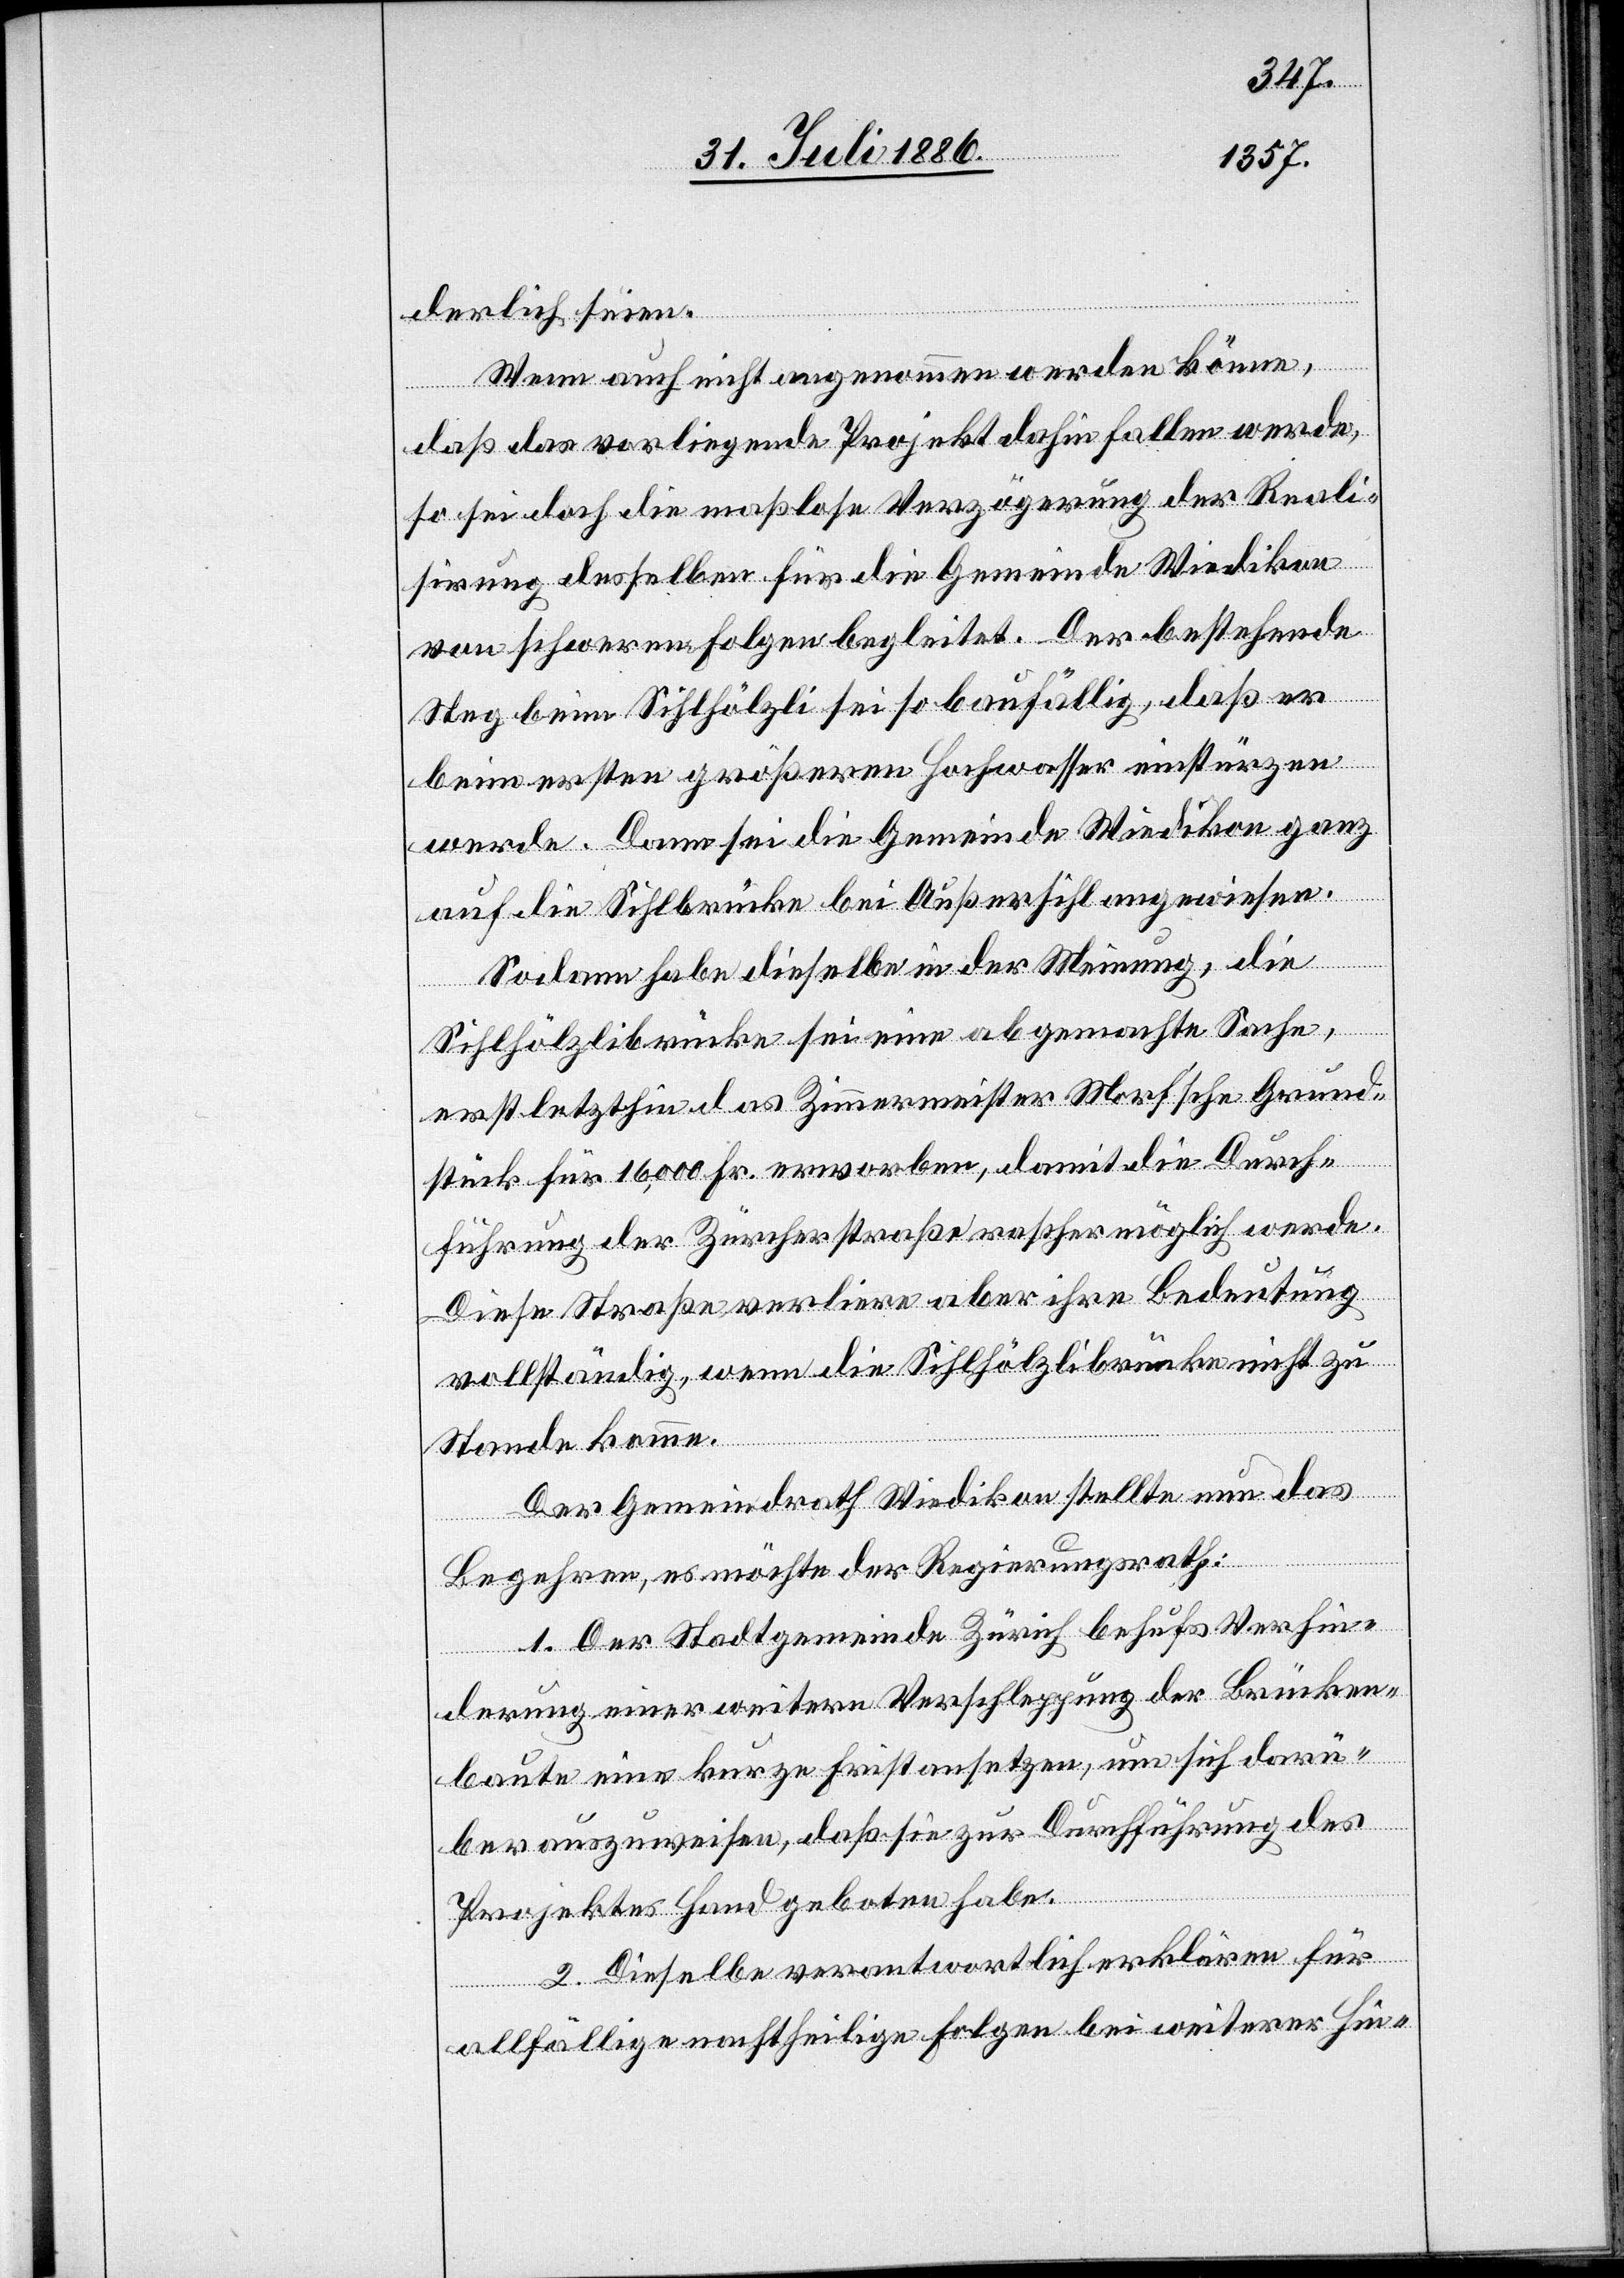
derlich seien.
Wenn auch nicht angenommen werden könne,
daß das vorliegende Projekt dahin fallen werde,
so sei doch die maßlose Verzögerung der Reali¬
sirung desselben für die Gemeinde Wiedikon
von schweren Folgen begleitet. Der bestehende
Weg beim Sihlhölzli sei so baufällig, daß er
beim ersten größeren Hochwasser einstürzen
werde. Dann sei die Gemeinde Wiedikon ganz
auf die Sihlbrücke bei Außersihl angewiesen.
Sodann habe dieselbe in der Meinung, die
Sihlhölzlibrücke sei eine abgemachte Sache,
erst letzthin das Zimmermeister Morf’sche Grund¬
stück für 16,000 Fr. erworben, damit die Durch¬
führung der Zürcherstraße rascher möglich werde.
Diese Straße verliere aber ihre Bedeutung
vollständig, wenn die Sihlhölzlibrücke nicht zu
Stande komme.
Der Gemeindrath Wiedikon stellte nun das
Begehren, es möchte der Regierungsrath;
1. Der Stadtgemeinde Zürich behufs Verhin¬
derung einer weitern Verschleppung der Brücken¬
baute eine kurze Frist ansetzen, um sich darü¬
ber auszuweisen, daß sie zur Durchführung des
Projektes Hand geboten habe.
2. Dieselbe verantwortlich erklären für
allfällige nachtheilige Folgen bei weiterer Hin-